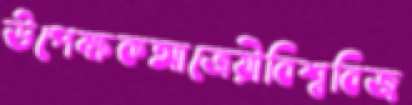
উপেক্ষকআত্রেয়ীবিশ্ববিজ